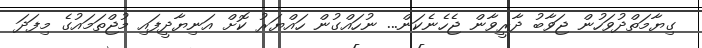
ގިޔާމަތްދުވަހުން ޖަވާބު ދާރީވާން ޖެހެނެކަން... ނުހައްގުން ހައްޔަރު ކޮށް އަނިޔާދީފައި މުޖްތަމައުގެ މިފަދަ